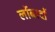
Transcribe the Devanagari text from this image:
लोंबार्दो